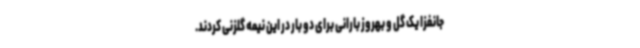
جانفزا یک گل و بهروز بارانی برای دو بار در این نیمه گلزنی کردند.